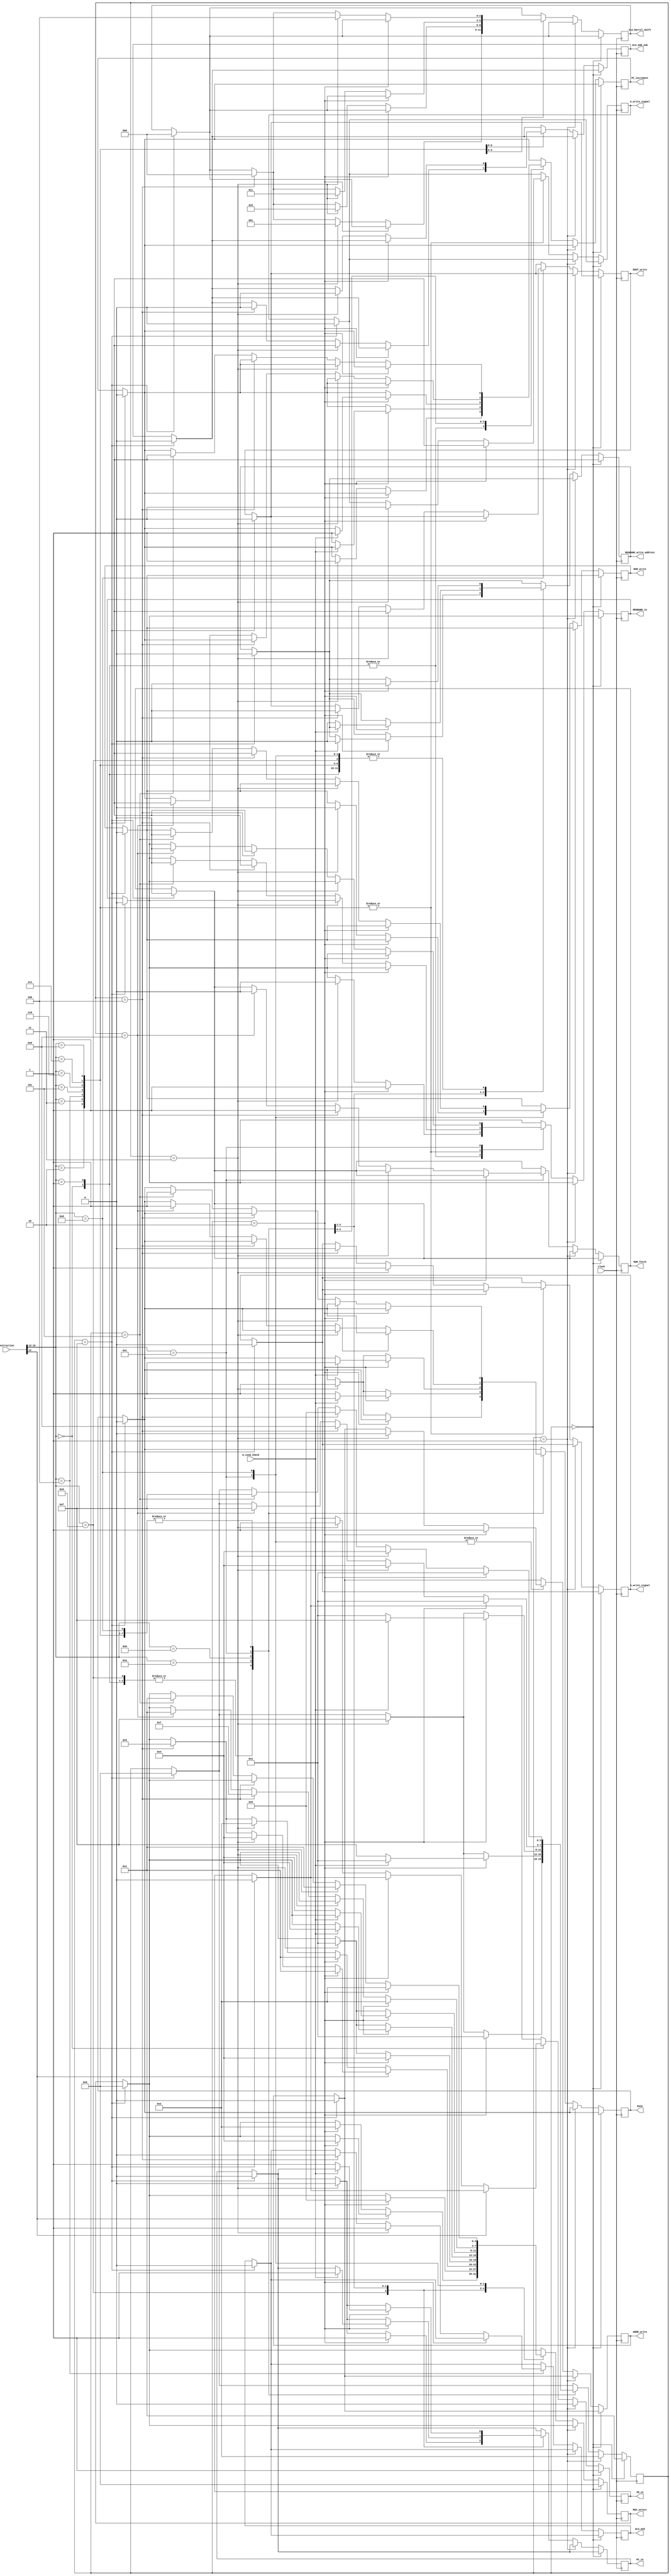
module control(clock, 
					Instruction, 
					IR_in, 
					PC_in, 
					PC_increment, 
					REGBANK_in, 
					MUX_select, 
					Done, 
					ALU_add_sub, 
					ALU_and, 
					ALU_barrel_shift,
					A_write_signal, 
					G_write_signal,
					G_cond_check,
					REGBANK_write_address,
					ADDR_write,
					DOUT_write,
					RAM_write,
					RAM_fetch);

	/* INSTRUCTIONS TABLE
		
	 Inst	 |  		Command  	|   Tag
	 -----------------------------------
	  mv   | Rx <- OP2 			  | 0000
	  mvt  | Rx <- #D  			  | 0001
	  add  | Rx <- Rx + OP2 	  | 0010
	  sub  | Rx <- Rx - OP2 	  | 0011
	  and  | Rx <- Rx & OP2 	  | 0100
	  lsl  | Rx <- Rx << OP2	  | 0101
	  lsr  | Rx <- Rx >> OP2	  | 0110
	  asr  | Rx <- Rx >>> OP2    | 0111
	  ror  | Rx <- Rx <<>> OP2   | 1000
	  b    | Pc <- label         | 1001 
	  beq  | if(G = 0)Pc <- label| 1010
	  bne  | if(G != 0)Pc <-label| 1011
	  ld   | Rx <- [Ry]          | 1100
	  st   | [Ry] <- Rx          | 1101
	  
	*/
	
	/* MUX TABLE
	
	
	 		Data output  		| 	MUX_select
	 -------------------------------------
	 Reg IR data  				|   0000
	 Reg Rx data 				|   0001
	 Reg Ry data 				|   0010
	 Counter data				|   0011
	 Reg IR immediate 		| 	 0100
	 Reg IR immediate(top)	|   0101
	 Reg G data             |   0110
	 DIN data               |   0111
	
	*/
	

 input [16:0] Instruction;
 input clock;
 input G_cond_check;

 output reg IR_in;
 output reg PC_in;
 output reg PC_increment;
 output reg REGBANK_in;
 output reg [3:0] MUX_select;
 output reg ALU_add_sub;
 output reg ALU_and;
 output reg A_write_signal;
 output reg G_write_signal;
 output reg Done;
 output reg [2:0] ALU_barrel_shift;
 output reg REGBANK_write_address;
 output reg ADDR_write;
 output reg DOUT_write;
 output reg RAM_write;
 output reg RAM_fetch;
 
 // Internal Wires
 
 reg [3:0] cicles;
 
 initial begin
  cicles = 4'b1111;
 end

 always @(posedge clock) begin
 
	if(cicles == 4'b1111) begin
		$write(" Fetching Instruction ");
		Done <= 0;
		PC_increment <= 0;
		cicles <= 4'b0000;
		IR_in <= 0;
	   PC_in <= 0;
	   PC_increment <= 0;
	   REGBANK_in <= 0;
	   MUX_select <= 0;
	   ALU_add_sub <= 0;
	   ALU_and <= 0;
	   A_write_signal <= 0;
	   G_write_signal <= 0;
	   Done <= 0;
	   ALU_barrel_shift <= 0;
	   REGBANK_write_address <= 0;
	   ADDR_write <= 0;
	   DOUT_write <= 0;
	   RAM_write <= 0;
	   RAM_fetch <= 0;
	end
 
   if(cicles == 4'b0000) begin
		$write("T0 = Load instruction "); 
		IR_in <= 1;
		cicles <= 4'b0001;
		MUX_select <= 4'b0000;
		REGBANK_write_address <= 1;
	end
	
	else if(cicles == 4'b0001) begin
		$write("T1 = Wait cicle ");
		IR_in <= 0;
		cicles <= 4'b0010;
	end
	
	
	else begin
		case(Instruction[16:13]) 

// -------------------------------- M V ------------------------------------------	
		
			4'b0000: begin // MV
				
				if(!Instruction[12:12]) begin // Mv Ry
					$write("Mv Ry Command");
					if(cicles == 4'b0010) begin
						$write("T2 = Select Ry and Write");
						REGBANK_write_address <= 0; // Close write_add
						MUX_select <= 4'b0010; // Select Ry
						REGBANK_in <= 1; // RxIn
						cicles <= 4'b0011; // Goes to T2
					end
					
					else if(cicles == 4'b0011) begin
						$write("T3 = Done, clear signals, Increment PC, Show Result");
						REGBANK_in <= 0;
						cicles <= 4'b1111;
						PC_increment <= 1;
						Done <= 1;
						IR_in <= 1;
					end
				end
				
				else if(Instruction[12:12]) begin // Mv Imediate
					$write("Mv Imediate Command");
					if(cicles == 4'b0010) begin
						REGBANK_write_address <= 0;
						$write("T2 = Select IR Imediate and Write");
						MUX_select <= 4'b0100; // Select IR Imediate
						REGBANK_in <= 1; // RxIn
						cicles <= 4'b0011; // Goes to T2
					end
					
					else if(cicles == 4'b0011) begin
						$write("T3 = Done, clear signals, Increment PC, Show Result");
						REGBANK_in <= 0;
						cicles <= 4'b1111;
						PC_increment <= 1;
						Done <= 1;
					end
				end	
			end
	
// -------------------------------- M V T ------------------------------------------	

			4'b0001: begin // MVT
				$write("Mvt Intruction");
				if(cicles == 4'b0010) begin
					REGBANK_write_address <= 0;
					$write("T2 = Select IR Imediate and Write");
					MUX_select <= 4'b0101; // Select IR Top Imediate
					REGBANK_in <= 1; // Rxin
					cicles <= 4'b0011; // Goes to T2
				end
				
				else if(cicles == 4'b0011) begin
					$write("T3 = Done, clear signals, Increment PC, Show Result");
					REGBANK_in <= 0;
					cicles <= 4'b1111;
					PC_increment <= 1;
					Done <= 1;
				end
			end
			
// -------------------------------- A D D ------------------------------------------	
 
		  4'b0010: begin // ADD
			  if(!Instruction[12:12]) begin
				  $write("Add Instrution Ry");
				  if(cicles == 4'b0010) begin
						REGBANK_write_address <= 0;
						$write("T2 = Select RX and write on Reg A");
						MUX_select <= 4'b0001; // Rxin
						A_write_signal <= 1; 
						cicles <= 4'b0011; // Goes to T2
				  end
				  
				  else if(cicles == 4'b0011) begin
						$write("T3 = Select Ry, Execute operation ULA and write on Reg G");
						MUX_select <= 4'b0010; // Ryin
						A_write_signal <= 0; 
						G_write_signal <= 1;
						ALU_add_sub <= 1;
						cicles <= 4'b0100;
				  end
				  
				  else if(cicles == 4'b0100) begin
						$write("T4 = Select G, Write Result on RX ");
						MUX_select <= 4'b0110; // RgIn
						ALU_add_sub <= 0;
						G_write_signal <= 0;
						REGBANK_in <= 1;
						cicles <= 4'b0101;
				  end
				  
				  else if(cicles == 4'b0101) begin
						$write("T5 = Done, clear signals, Increment PC, Show Result");
						REGBANK_in <= 0;
						cicles <= 4'b1111;
						PC_increment <= 1;
						Done <= 1;
				  end
			  end
		
			  else if(Instruction[12:12]) begin
					$write("Add Instruction Imeddiate");
					if(cicles == 4'b0010) begin
						REGBANK_write_address <= 0;
						$write("T2 = Select RX and write on Reg A");
						MUX_select <= 4'b0001; // Rxin
						A_write_signal <= 1; 
						cicles <= 4'b0011; // Goes to T2
					end
				  
					else if(cicles == 4'b0011) begin
						$write("T3 = Select Immediate, Execute operation ULA and write on Reg G");
						MUX_select <= 4'b0100; // Immediate
						A_write_signal <= 0; 
						G_write_signal <= 1;
						ALU_add_sub <= 1;
						cicles <= 4'b0100;
					end
				  
					else if(cicles == 4'b0100) begin
						$write("T4 = Select G, Write Result on RX ");
						MUX_select <= 4'b0110; // RgIn
						ALU_add_sub <= 0;
						G_write_signal <= 0;
						REGBANK_in <= 1;
						cicles <= 4'b0101;
					end
				  
					else if(cicles == 4'b0101) begin
						$write("T5 = Done, clear signals, Increment PC, Show Result");
						REGBANK_in <= 0;
						cicles <= 4'b1111;
						PC_increment <= 1;
						Done <= 1;
					end
				end
			end
			
// -------------------------------- S U B ------------------------------------------

			4'b0011: begin // SUB
			  if(!Instruction[12:12]) begin
				  $write("Sub Instrution Ry");
				  if(cicles == 4'b0010) begin
						REGBANK_write_address <= 0;
						$write("T2 = Select RX and write on Reg A");
						MUX_select <= 4'b0001; // Rxin
						A_write_signal <= 1; 
						cicles <= 4'b0011; // Goes to T2
				  end
				  
				  else if(cicles == 4'b0011) begin
						$write("T3 = Select Ry, Execute operation ULA and write on Reg G");
						MUX_select <= 4'b0010; // Ryin
						A_write_signal <= 0; 
						G_write_signal <= 1;
						ALU_add_sub <= 0;
						cicles <= 4'b0100;
				  end
				  
				  else if(cicles == 4'b0100) begin
						$write("T4 = Select G, Write Result on RX ");
						MUX_select <= 4'b0110; // RgIn
						G_write_signal <= 0;
						REGBANK_in <= 1;
						cicles <= 4'b0101;
				  end
				  
				  else if(cicles == 4'b0101) begin
						$write("T5 = Done, clear signals, Increment PC, Show Result");
						REGBANK_in <= 0;
						cicles <= 4'b1111;
						PC_increment <= 1;
						Done <= 1;
				  end
			  end
		
			  else if(Instruction[12:12]) begin
					$write("Sub Instruction Imeddiate");
					if(cicles == 4'b0010) begin
						REGBANK_write_address <= 0;
						$write("T2 = Select RX and write on Reg A");
						MUX_select <= 4'b0001; // Rxin
						A_write_signal <= 1; 
						cicles <= 4'b0011; // Goes to T2
					end
				  
					else if(cicles == 4'b0011) begin
						$write("T3 = Select Immediate, Execute operation ULA and write on Reg G");
						MUX_select <= 4'b0100; // Immediate
						A_write_signal <= 0; 
						G_write_signal <= 1;
						ALU_add_sub <= 0;
						cicles <= 4'b0100;
					end
				  
					else if(cicles == 4'b0100) begin
						$write("T4 = Select G, Write Result on RX ");
						MUX_select <= 4'b0110; // RgIn
						G_write_signal <= 0;
						REGBANK_in <= 1;
						cicles <= 4'b0101;
					end
				  
					else if(cicles == 4'b0101) begin
						$write("T5 = Done, clear signals, Increment PC, Show Result");
						REGBANK_in <= 0;
						cicles <= 4'b1111;
						PC_increment <= 1;
						Done <= 1;
					end
				end
			end
			
// -------------------------------- A N D ------------------------------------------

			4'b0100: begin // AND
			  if(!Instruction[12:12]) begin
				  $write("And Instrution Ry");
				  if(cicles == 4'b0010) begin
						REGBANK_write_address <= 0;
						$write("T2 = Select RX and write on Reg A");
						MUX_select <= 4'b0001; // Rxin
						A_write_signal <= 1; 
						cicles <= 4'b0011; // Goes to T2
				  end
				  
				  else if(cicles == 4'b0011) begin
						$write("T3 = Select Ry, Execute operation ULA and write on Reg G");
						MUX_select <= 4'b0010; // Ryin
						A_write_signal <= 0; 
						G_write_signal <= 1;
						ALU_and <= 1;
						cicles <= 4'b0100;
				  end
				  
				  else if(cicles == 4'b0100) begin
						$write("T4 = Select G, Write Result on RX ");
						MUX_select <= 4'b0110; // RgIn
						G_write_signal <= 0;
						REGBANK_in <= 1;
						cicles <= 4'b0101;
						ALU_and <= 0;
				  end
				  
				  else if(cicles == 4'b0101) begin
						$write("T5 = Done, clear signals, Increment PC, Show Result");
						REGBANK_in <= 0;
						cicles <= 4'b1111;
						PC_increment <= 1;
						Done <= 1;
				  end
			  end
		
			  else if(Instruction[12:12]) begin
					$write("And Instruction Imeddiate");
					if(cicles == 4'b0010) begin
						REGBANK_write_address <= 0;
						$write("T2 = Select RX and write on Reg A");
						MUX_select <= 4'b0001; // Rxin
						A_write_signal <= 1; 
						cicles <= 4'b0011; // Goes to T2
					end
				  
					else if(cicles == 4'b0011) begin
						$write("T3 = Select Immediate, Execute operation ULA and write on Reg G");
						MUX_select <= 4'b0100; // Immediate
						A_write_signal <= 0; 
						G_write_signal <= 1;
						ALU_and <= 1;
						cicles <= 4'b0100;
					end
				  
					else if(cicles == 4'b0100) begin
						$write("T4 = Select G, Write Result on RX ");
						MUX_select <= 4'b0110; // RgIn
						G_write_signal <= 0;
						REGBANK_in <= 1;
						cicles <= 4'b0101;
						ALU_and <= 0;
					end
				  
					else if(cicles == 4'b0101) begin
						$write("T5 = Done, clear signals, Increment PC, Show Result");
						REGBANK_in <= 0;
						cicles <= 4'b1111;
						PC_increment <= 1;
						Done <= 1;
					end
				end
			end
			
// --------------------------------L S L ------------------------------------------	
	
			4'b0101: begin //LSL
				if(!Instruction[12:12]) begin
				$write("Barrel Shift Left Ry");
				if(cicles == 4'b0010) begin
					REGBANK_write_address <= 0;
					$write("T2 = Select RX and write on Reg A");
					MUX_select <= 4'b0001; // Rxin
					A_write_signal <= 1; 
					cicles <= 4'b0011; // Goes to T2
				  end
				  
				 else if(cicles == 4'b0011) begin
						$write("T3 = Select Ry, Execute operation ULA and write on Reg G");
						MUX_select <= 4'b0010; // Ryin
						A_write_signal <= 0; 
						G_write_signal <= 1;
						ALU_barrel_shift <= 3'b001; 
						cicles <= 4'b0100;
				  end
				  
				  else if(cicles == 4'b0100) begin
						$write("T4 = Select G, Write Result on RX ");
						MUX_select <= 4'b0110; // RgIn
						G_write_signal <= 0;
						REGBANK_in <= 1;
						cicles <= 4'b0101;
						ALU_barrel_shift <= 0;
					end
					
					else if(cicles == 4'b0101) begin
						$write("T5 = Done, clear signals, Increment PC, Show Result");
						REGBANK_in <= 0;
						cicles <= 4'b1111;
						PC_increment <= 1;
						Done <= 1;
					end
				end
				
				else if(Instruction[12:12]) begin
					$write(" Barrel Shift Left Immediate");
					if(cicles == 4'b0010) begin
						$write("T2 = Select RX and write on Reg A");
						REGBANK_write_address <= 0;
						MUX_select <= 4'b0001; // Rxin
						A_write_signal <= 1; 
						cicles <= 4'b0011; // Goes to T2
					end
				  
					else if(cicles == 4'b0011) begin
						$write("T3 = Select Immediate, Execute operation ULA and write on Reg G");
						MUX_select <= 4'b0100; // Immediate
						A_write_signal <= 0; 
						G_write_signal <= 1;
						ALU_barrel_shift <= 3'b001;
						cicles <= 4'b0100;
					end
				  
					else if(cicles == 4'b0100) begin
						$write("T4 = Select G, Write Result on RX ");
						MUX_select <= 4'b0110; // RgIn
						G_write_signal <= 0;
						REGBANK_in <= 1;
						cicles <= 4'b0101;
						ALU_barrel_shift <= 3'b000;
					end
				  
					else if(cicles == 4'b0101) begin
						$write("T5 = Done, clear signals, Increment PC, Show Result");
						REGBANK_in <= 0;
						cicles <= 4'b1111;
						PC_increment <= 1;
						Done <= 1;
					end
				end
			end

// -------------------------------- L S R ------------------------------------------	 			
	
			4'b0110: begin //LSR
				if(!Instruction[12:12]) begin
				$write("Barrel Shift Right Ry");
				if(cicles == 4'b0010) begin
					REGBANK_write_address <= 0;
					$write("T2 = Select RX and write on Reg A");
					MUX_select <= 4'b0001; // Rxin
					A_write_signal <= 1; 
					cicles <= 4'b0011; // Goes to T2
				  end
				  
				 else if(cicles == 4'b0011) begin
						$write("T3 = Select Ry, Execute operation ULA and write on Reg G");
						MUX_select <= 4'b0010; // Ryin
						A_write_signal <= 0; 
						G_write_signal <= 1;
						ALU_barrel_shift <= 3'b010; 
						cicles <= 4'b0100;
				  end
				  
				  else if(cicles == 4'b0100) begin
						$write("T4 = Select G, Write Result on RX ");
						MUX_select <= 4'b0110; // RgIn
						G_write_signal <= 0;
						REGBANK_in <= 1;
						cicles <= 4'b0101;
						ALU_barrel_shift <= 0;
					end
					
					else if(cicles == 4'b0101) begin
						$write("T5 = Done, clear signals, Increment PC, Show Result");
						REGBANK_in <= 0;
						cicles <= 4'b1111;
						PC_increment <= 1;
						Done <= 1;
					end
				end
				
				else if(Instruction[12:12]) begin
					$write(" Barrel Shift Right Immediate");
					if(cicles == 4'b0010) begin
						$write("T2 = Select RX and write on Reg A");
						REGBANK_write_address <= 0;
						MUX_select <= 4'b0001; // Rxin
						A_write_signal <= 1; 
						cicles <= 4'b0011; // Goes to T2
					end
				  
					else if(cicles == 4'b0011) begin
						$write("T3 = Select Immediate, Execute operation ULA and write on Reg G");
						MUX_select <= 4'b0100; // Immediate
						A_write_signal <= 0; 
						G_write_signal <= 1;
						ALU_barrel_shift <= 3'b010;
						cicles <= 4'b0100;
					end
				  
					else if(cicles == 4'b0100) begin
						$write("T4 = Select G, Write Result on RX ");
						MUX_select <= 4'b0110; // RgIn
						G_write_signal <= 0;
						REGBANK_in <= 1;
						cicles <= 4'b0101;
						ALU_barrel_shift <= 3'b000;
					end
				  
					else if(cicles == 4'b0101) begin
						$write("T5 = Done, clear signals, Increment PC, Show Result");
						REGBANK_in <= 0;
						cicles <= 4'b1111;
						PC_increment <= 1;
						Done <= 1;
					end
				end
			end
// -------------------------------- A S R ------------------------------------------	 			
	
			4'b0111: begin //ASR
				if(!Instruction[12:12]) begin
				$write("Arithmetic Shift Right Ry");
				if(cicles == 4'b0010) begin
					REGBANK_write_address <= 0;
					$write("T2 = Select RX and write on Reg A");
					MUX_select <= 4'b0001; // Rxin
					A_write_signal <= 1; 
					cicles <= 4'b0011; // Goes to T2
				  end
				  
				 else if(cicles == 4'b0011) begin
						$write("T3 = Select Ry, Execute operation ULA and write on Reg G");
						MUX_select <= 4'b0010; // Ryin
						A_write_signal <= 0; 
						G_write_signal <= 1;
						ALU_barrel_shift <= 3'b011; 
						cicles <= 4'b0100;
				  end
				  
				  else if(cicles == 4'b0100) begin
						$write("T4 = Select G, Write Result on RX ");
						MUX_select <= 4'b0110; // RgIn
						G_write_signal <= 0;
						REGBANK_in <= 1;
						cicles <= 4'b0101;
						ALU_barrel_shift <= 0;
					end
					
					else if(cicles == 4'b0101) begin
						$write("T5 = Done, clear signals, Increment PC, Show Result");
						REGBANK_in <= 0;
						cicles <= 4'b1111;
						PC_increment <= 1;
						Done <= 1;
					end
				end
				
				else if(Instruction[12:12]) begin
					$write(" Arithmetic Right Immediate");
					if(cicles == 4'b0010) begin
						$write("T2 = Select RX and write on Reg A");
						REGBANK_write_address <= 0;
						MUX_select <= 4'b0001; // Rxin
						A_write_signal <= 1; 
						cicles <= 4'b0011; // Goes to T2
					end
				  
					else if(cicles == 4'b0011) begin
						$write("T3 = Select Immediate, Execute operation ULA and write on Reg G");
						MUX_select <= 4'b0100; // Immediate
						A_write_signal <= 0; 
						G_write_signal <= 1;
						ALU_barrel_shift <= 3'b011;
						cicles <= 4'b0100;
					end
				  
					else if(cicles == 4'b0100) begin
						$write("T4 = Select G, Write Result on RX ");
						MUX_select <= 4'b0110; // RgIn
						G_write_signal <= 0;
						REGBANK_in <= 1;
						cicles <= 4'b0101;
						ALU_barrel_shift <= 3'b000;
					end
				  
					else if(cicles == 4'b0101) begin
						$write("T5 = Done, clear signals, Increment PC, Show Result");
						REGBANK_in <= 0;
						cicles <= 4'b1111;
						PC_increment <= 1;
						Done <= 1;
					end
				end
			end
	
// -------------------------------- R O R ------------------------------------------	 			
	
			4'b1000: begin //ASR
				if(!Instruction[12:12]) begin
				$write("Rotate Shift Right Ry");
				if(cicles == 4'b0010) begin
					REGBANK_write_address <= 0;
					$write("T2 = Select RX and write on Reg A");
					MUX_select <= 4'b0001; // Rxin
					A_write_signal <= 1; 
					cicles <= 4'b0011; // Goes to T2
				  end
				  
				 else if(cicles == 4'b0011) begin
						$write("T3 = Select Ry, Execute operation ULA and write on Reg G");
						MUX_select <= 4'b0010; // Ryin
						A_write_signal <= 0; 
						G_write_signal <= 1;
						ALU_barrel_shift <= 3'b100; 
						cicles <= 4'b0100;
				  end
				  
				  else if(cicles == 4'b0100) begin
						$write("T4 = Select G, Write Result on RX ");
						MUX_select <= 4'b0110; // RgIn
						G_write_signal <= 0;
						REGBANK_in <= 1;
						cicles <= 4'b0101;
						ALU_barrel_shift <= 0;
					end
					
					else if(cicles == 4'b0101) begin
						$write("T5 = Done, clear signals, Increment PC, Show Result");
						REGBANK_in <= 0;
						cicles <= 4'b1111;
						PC_increment <= 1;
						Done <= 1;
					end
				end
				
				else if(Instruction[12:12]) begin
					$write(" Rotate Right Immediate");
					if(cicles == 4'b0010) begin
						$write("T2 = Select RX and write on Reg A");
						REGBANK_write_address <= 0;
						MUX_select <= 4'b0001; // Rxin
						A_write_signal <= 1; 
						cicles <= 4'b0011; // Goes to T2
					end
				  
					else if(cicles == 4'b0011) begin
						$write("T3 = Select Immediate, Execute operation ULA and write on Reg G");
						MUX_select <= 4'b0100; // Immediate
						A_write_signal <= 0; 
						G_write_signal <= 1;
						ALU_barrel_shift <= 3'b100;
						cicles <= 4'b0100;
					end
				  
					else if(cicles == 4'b0100) begin
						$write("T4 = Select G, Write Result on RX ");
						MUX_select <= 4'b0110; // RgIn
						G_write_signal <= 0;
						REGBANK_in <= 1;
						cicles <= 4'b0101;
						ALU_barrel_shift <= 3'b000;
					end
				  
					else if(cicles == 4'b0101) begin
						$write("T4 = Done, clear signals, Increment PC, Show Result");
						REGBANK_in <= 0;
						cicles <= 4'b1111;
						PC_increment <= 1;
						Done <= 1;
					end
				end
			end
			
// -------------------------------- BRANCH ------------------------------------------
			
			4'b1001: begin
				$write("Always Branch command");
				if(cicles == 4'b0010) begin
					$write("T2 = Select IR Imeddiate, Write on Counter");
					REGBANK_write_address <= 0;
					MUX_select <= 4'b0100; // Ir imeddiate
					PC_in <= 1;
					cicles <= 4'b0011;			
				 end
			 
				 else if(cicles == 4'b0011) begin
					$write("T3 = Done, clear signals, Show Result");
					PC_in <= 0;
					cicles <= 4'b1111;
					MUX_select <= 4'b0011;
					Done <= 1;
				 end
			end
			
// -------------------------------- BRANCH EQUAL ------------------------------------------
			
			4'b1010: begin
				$write("Branch Equal command");
				if(cicles == 4'b0010) begin
					$write("T2 = Checking condition");
					if(G_cond_check) begin
						$write("T2 = Condition Passed. Select IR Imeddiate, Write on Counter");
						REGBANK_write_address <= 0;
						MUX_select <= 4'b0100; // Ir imeddiate
						PC_in <= 1;
						cicles <= 4'b0011;
					end
					else begin
						$write("T2 = Condition NOT Passed. Done, Increment PC");
						cicles <= 4'b1111;
						PC_increment <= 1;
						Done <= 1;
					end
				 end
			 
				 else if(cicles == 4'b0011) begin
					$write("T3 = Done, clear signals, Show Result");
					PC_in <= 0;
					cicles <= 4'b1111;
					MUX_select <= 4'b0011;
					Done <= 1;
				 end
			end
			
// -------------------------------- BRANCH NOT EQUAL ------------------------------------------
			
			4'b1011: begin
				$write("Branch NOT Equal command");
				if(cicles == 4'b0010) begin
					$write("T2 = Checking condition");
					if(!G_cond_check) begin
						$write("T2 = Condition Passed. Select IR Imeddiate, Write on Counter");
						REGBANK_write_address <= 0;
						MUX_select <= 4'b0100; // Ir imeddiate
						PC_in <= 1;
						cicles <= 4'b0011;
					end
					else begin
						$write("T2 = Condition NOT Passed. Done, Increment PC");
						cicles <= 4'b1111;
						PC_increment <= 1;
						Done <= 1;
					end
				 end
			 
				 else if(cicles == 4'b0011) begin
					$write("T3 = Done, clear signals, Show Result");
					PC_in <= 0;
					cicles <= 4'b1111;
					MUX_select <= 4'b0011;
					Done <= 1;
				 end
			end

// -------------------------------- LOAD INSTRUCTION ------------------------------------------		
		
			4'b1100: begin // ld
				$write("Load RAM command");
				if(cicles == 4'b0010) begin
					$write("T2 = Select RY, write data on ADDR");
					REGBANK_write_address <= 0;
					MUX_select <= 4'b0010; // RY
					ADDR_write <= 1; 
					cicles <= 4'b0011;	
				end
				
				else if(cicles == 4'b0011) begin
					$write("T3 = Read on RAM");
					ADDR_write <= 0;
					RAM_write <= 0;
					cicles <= 4'b0100;
				end
				 
				else if(cicles == 4'b0100) begin
					$write("T4 = Read RAM data, write on Rx");
					RAM_fetch <= 1;
					MUX_select <= 4'b0111;
					REGBANK_in <= 1;
					cicles <= 4'b1000;
				end
				
				else if(cicles == 4'b1000) begin
					$write("T5 = Done, clear signals, Increment PC, Show Result");
					RAM_fetch <= 0;
					MUX_select <= 4'b0001;
					REGBANK_in <= 0;
					PC_increment <= 1;
					Done <= 1;
					cicles <= 4'b1111;
				end		
			end
			
// -------------------------------- STORE INSTRUCTION ------------------------------------------

			4'b1101: begin
				$write("Store RAM command");
				if(cicles == 4'b0010) begin
					$write("T2 = Select RY, write data on ADDR");
					REGBANK_write_address <= 0;
					MUX_select <= 4'b0010; // RY
					ADDR_write <= 1; 
					cicles <= 4'b0011;		
				end
				
				else if(cicles == 4'b011) begin
					$write("T3 = Select Rx, write data on DOUT");
					MUX_select <= 4'b0001; // RX
					ADDR_write <= 0;
					DOUT_write <= 1;
					cicles <= 4'b0100;			
				end
				
				else if(cicles == 4'b0100) begin
					$write("T4 = Send Data to RAM");
					DOUT_write <= 0;
					RAM_write <= 1;
					cicles <= 4'b0101;
				end
				
				else if(cicles == 4'b0101) begin
					$write("T5 = Done, clear signals, Increment PC, Show Result");
					MUX_select <= 4'b0001;
					RAM_write <= 0;
					PC_increment <= 1;
					Done <= 1;
					cicles <= 4'b1111;
				end
			end	
		endcase
	end 
 end
 


endmodule